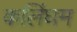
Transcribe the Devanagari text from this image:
कलिंघम